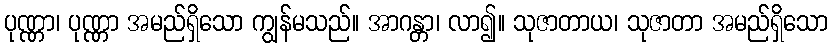
ပုဏ္ဏာ၊ ပုဏ္ဏာ အမည်ရှိသော ကျွန်မသည်။ အာဂန္တာ၊ လာ၍။ သုဇာတာယ၊ သုဇာတာ အမည်ရှိသော